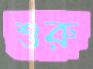
শুরু